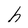
Character: h